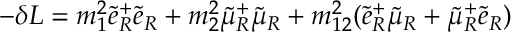
- \delta { L } = m _ { 1 } ^ { 2 } \tilde { e } _ { R } ^ { + } \tilde { e } _ { R } + m _ { 2 } ^ { 2 } \tilde { \mu } _ { R } ^ { + } \tilde { \mu } _ { R } + m _ { 1 2 } ^ { 2 } ( \tilde { e } _ { R } ^ { + } \tilde { \mu } _ { R } + \tilde { \mu } _ { R } ^ { + } \tilde { e } _ { R } )